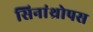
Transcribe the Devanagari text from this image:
सिनांथ्रोपस